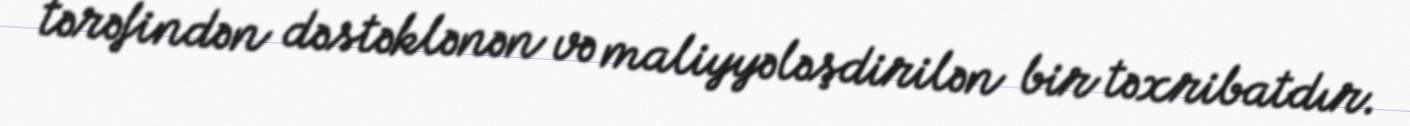
tərəfindən dəstəklənən və maliyyələşdirilən bir təxribatdır.